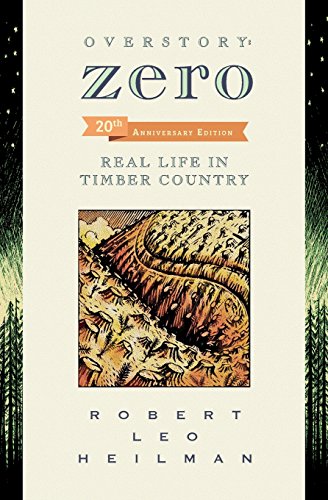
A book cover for Overstory: Zero: Real Life in Timber Country 2nd edition; Robert Leo Heilman; Science & Math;